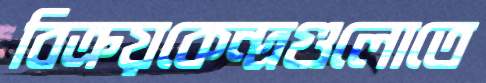
বিক্রয়কেন্দ্রগুলোতে